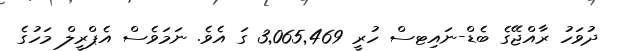
ދުވަހު ރާއްޖޭގެ ބެޑް-ނައިޓސް ހުރީ 3